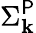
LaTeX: \Sigma_{\mathbf{k}}^{\mathsf{{P}}}